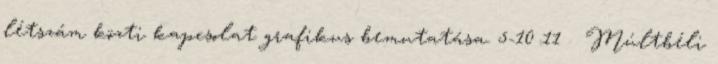
létszám közti kapcsolat grafikus bemutatása. 5-10 11  Múltbéli